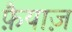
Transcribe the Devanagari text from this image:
फ़ैयाज़